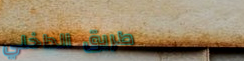
طريق الداخلي